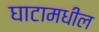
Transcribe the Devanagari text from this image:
घाटामधील